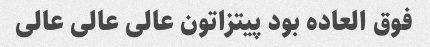
فوق العاده بود پیتزاتون عالی عالی عالی